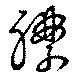
襟